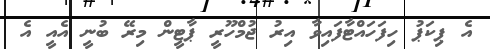
އެ ޕިކަޕު ހިފަހައްޓާފައިވާ އިރު ޖުމްހޫރީ ޕާޓީން މިރޭ ބުނީ އެއީ އެ